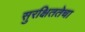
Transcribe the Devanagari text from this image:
सुरक्षिततेचा